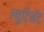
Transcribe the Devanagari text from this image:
ल्युटिनेंट